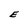
Character: E